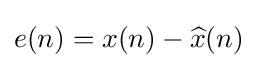
e(n)=x(n)-{\widehat {x}}(n)